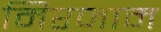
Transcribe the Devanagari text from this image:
मिरजाम